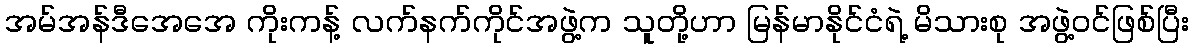
အမ်အန်ဒီအေအေ ကိုးကန့် လက်နက်ကိုင်အဖွဲ့က သူတို့ဟာ မြန်မာနိုင်ငံရဲ့ မိသားစု အဖွဲ့ဝင်ဖြစ်ပြီး